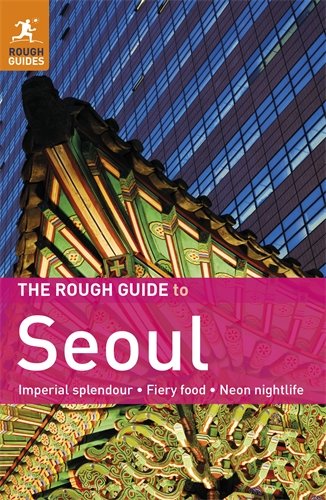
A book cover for The Rough Guide to Seoul; Martin Zatko; Travel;